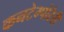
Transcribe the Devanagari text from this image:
कनटेम्पोरेरी